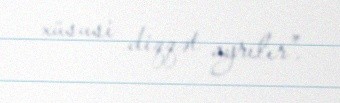
xüsusi diqqət ayrılır”.